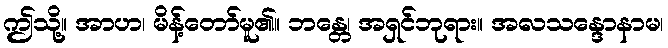
ဤသို့။ အာဟ၊ မိန့်တော်မူ၏။ ဘန္တေ၊ အရှင်ဘုရား။ အလသန္ဒောနာမ၊